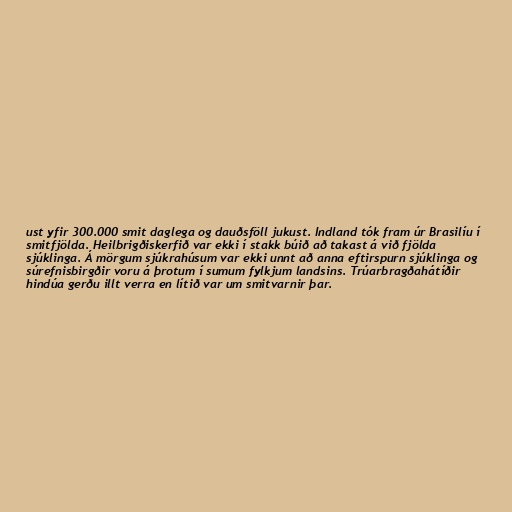
ust yfir 300.000 smit daglega og dauðsföll jukust. Indland tók fram úr Brasilíu í
smitfjölda. Heilbrigðiskerfið var ekki í stakk búið að takast á við fjölda
sjúklinga. Á mörgum sjúkrahúsum var ekki unnt að anna eftirspurn sjúklinga og
súrefnisbirgðir voru á þrotum í sumum fylkjum landsins. Trúarbragðahátíðir
hindúa gerðu illt verra en lítið var um smitvarnir þar.